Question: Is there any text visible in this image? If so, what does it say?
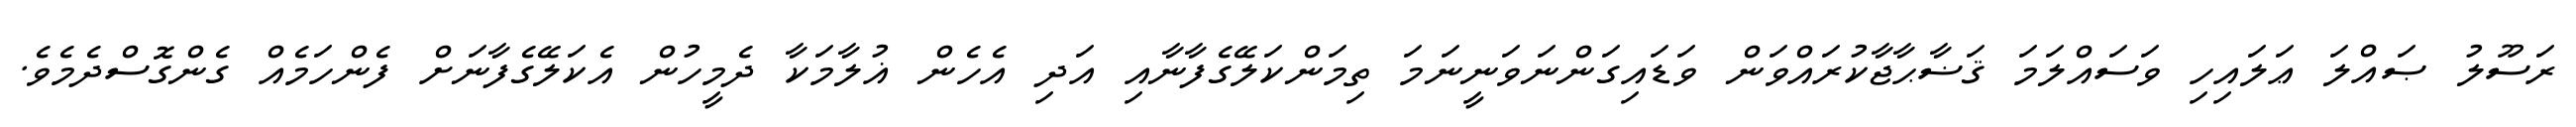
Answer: ރަސޫލު ޞައްލަ ޢަލައިހި ވަސައްލަމަ ޤަޟާޙާޖާކުރައްވަން ވަޑައިގަންނަވަނީނަމަ ތިމަންކަލޭގެފާނާއި އަދި އެހެން ޣުލާމަކާ ދެމީހުން އެކަލޭގެފާނަށް ފެންހަމެއް ގެންގޮސްދެމެވެ.